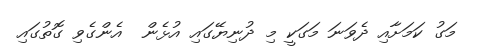
މަގު ކަަމަށާއި ދެވަނަ މަގަކީ މި ދުނިޔޭގައި އުޅެން  އެންގެވި ގޮތުގައި